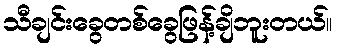
သီချင်းခွေတစ်ခွေဖြန့်ချိဘူးတယ်။